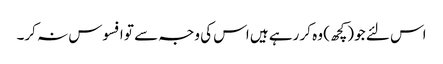
اس لئے جو (کچھ) وہ کر رہے ہیں اس کی وجہ سے تو افسوس نہ کر۔